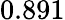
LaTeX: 0.891